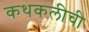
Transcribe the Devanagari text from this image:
कथकलीची